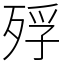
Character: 殍